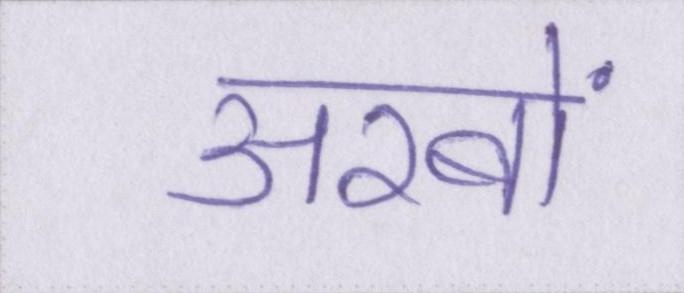
अरबों